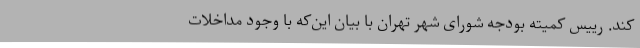
کند. رییس کمیته بودجه شورای شهر تهران با بیان این‌که با وجود مداخلات